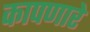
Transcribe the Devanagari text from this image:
कापणारे